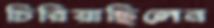
চিরিয়াছিলেন